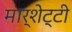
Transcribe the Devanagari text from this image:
मार्शेट्टी